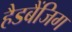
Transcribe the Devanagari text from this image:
हैडबैंजिग